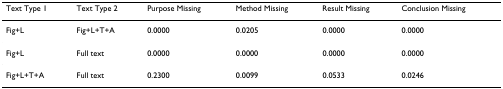
<table><thead><tr><td><b>Text Type 1</b></td><td><b>Text Type 2</b></td><td><b>Purpose Missing</b></td><td><b>Method Missing</b></td><td><b>Result Missing</b></td><td><b>Conclusion Missing</b></td></tr></thead><tbody><tr><td>Fig+L</td><td>Fig+L+T+A</td><td>0.0000</td><td>0.0205</td><td>0.0000</td><td>0.0000</td></tr><tr><td>Fig+L</td><td>Full text</td><td>0.0000</td><td>0.0000</td><td>0.0000</td><td>0.0000</td></tr><tr><td>Fig+L+T+A</td><td>Full text</td><td>0.2300</td><td>0.0099</td><td>0.0533</td><td>0.0246</td></tr></tbody></table>